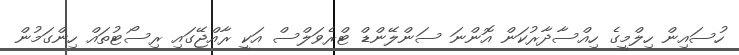
ހުސައިން ހިލްމީގެ ހިއްސާދާރުކަން އޮންނަ ސަންލޭންޑް ޓްރެވަލްސް އަކީ ރާއްޖޭގައި ރިސޯޓުތައް ހިންގަމުން